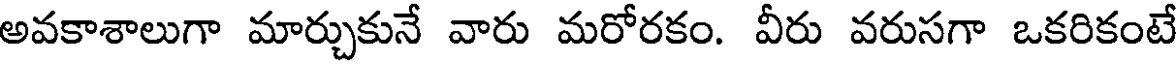
అవకాశాలుగా మార్చుకునే వారు మరోరకం. వీరు వరుసగా ఒకరికంటే